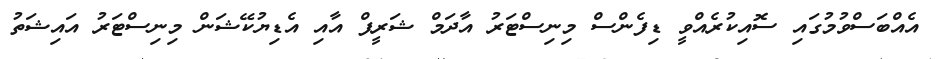
އެއްބަސްވުމުގައި ސޮއިކުރެއްވީ ޑިފެންސް މިނިސްޓަރު އާދަމް ޝަރީފް އާއި އެޑިޔުކޭޝަން މިނިސްޓަރު އައިޝަތު